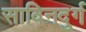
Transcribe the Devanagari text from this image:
साविनदुर्ग